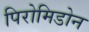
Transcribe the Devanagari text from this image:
पिरोमिडोन